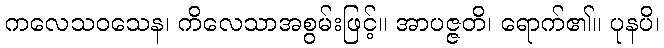
ကလေသဝသေန၊ ကိလေသာအစွမ်းဖြင့်။ အာပဇ္ဇတိ၊ ရောက်၏။ ပုနပိ၊